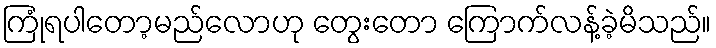
ကြုံရပါတော့မည်လောဟု တွေးတော ကြောက်လန့်ခဲ့မိသည်။